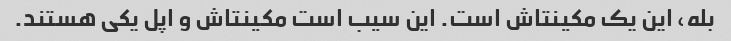
بله، این یک مکینتاش است. این سیب است مکینتاش و اپل یکی هستند.